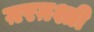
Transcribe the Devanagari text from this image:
ग़रग़श्ती